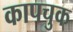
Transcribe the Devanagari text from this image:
कापचुक